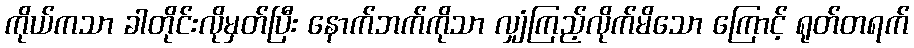
ကိုယ်ကသာ ခါတိုင်းလိုမှတ်ပြီး နောက်ဘက်ကိုသာ လျှံကြည့်လိုက်မိသော ကြောင့် ရုတ်တရက်